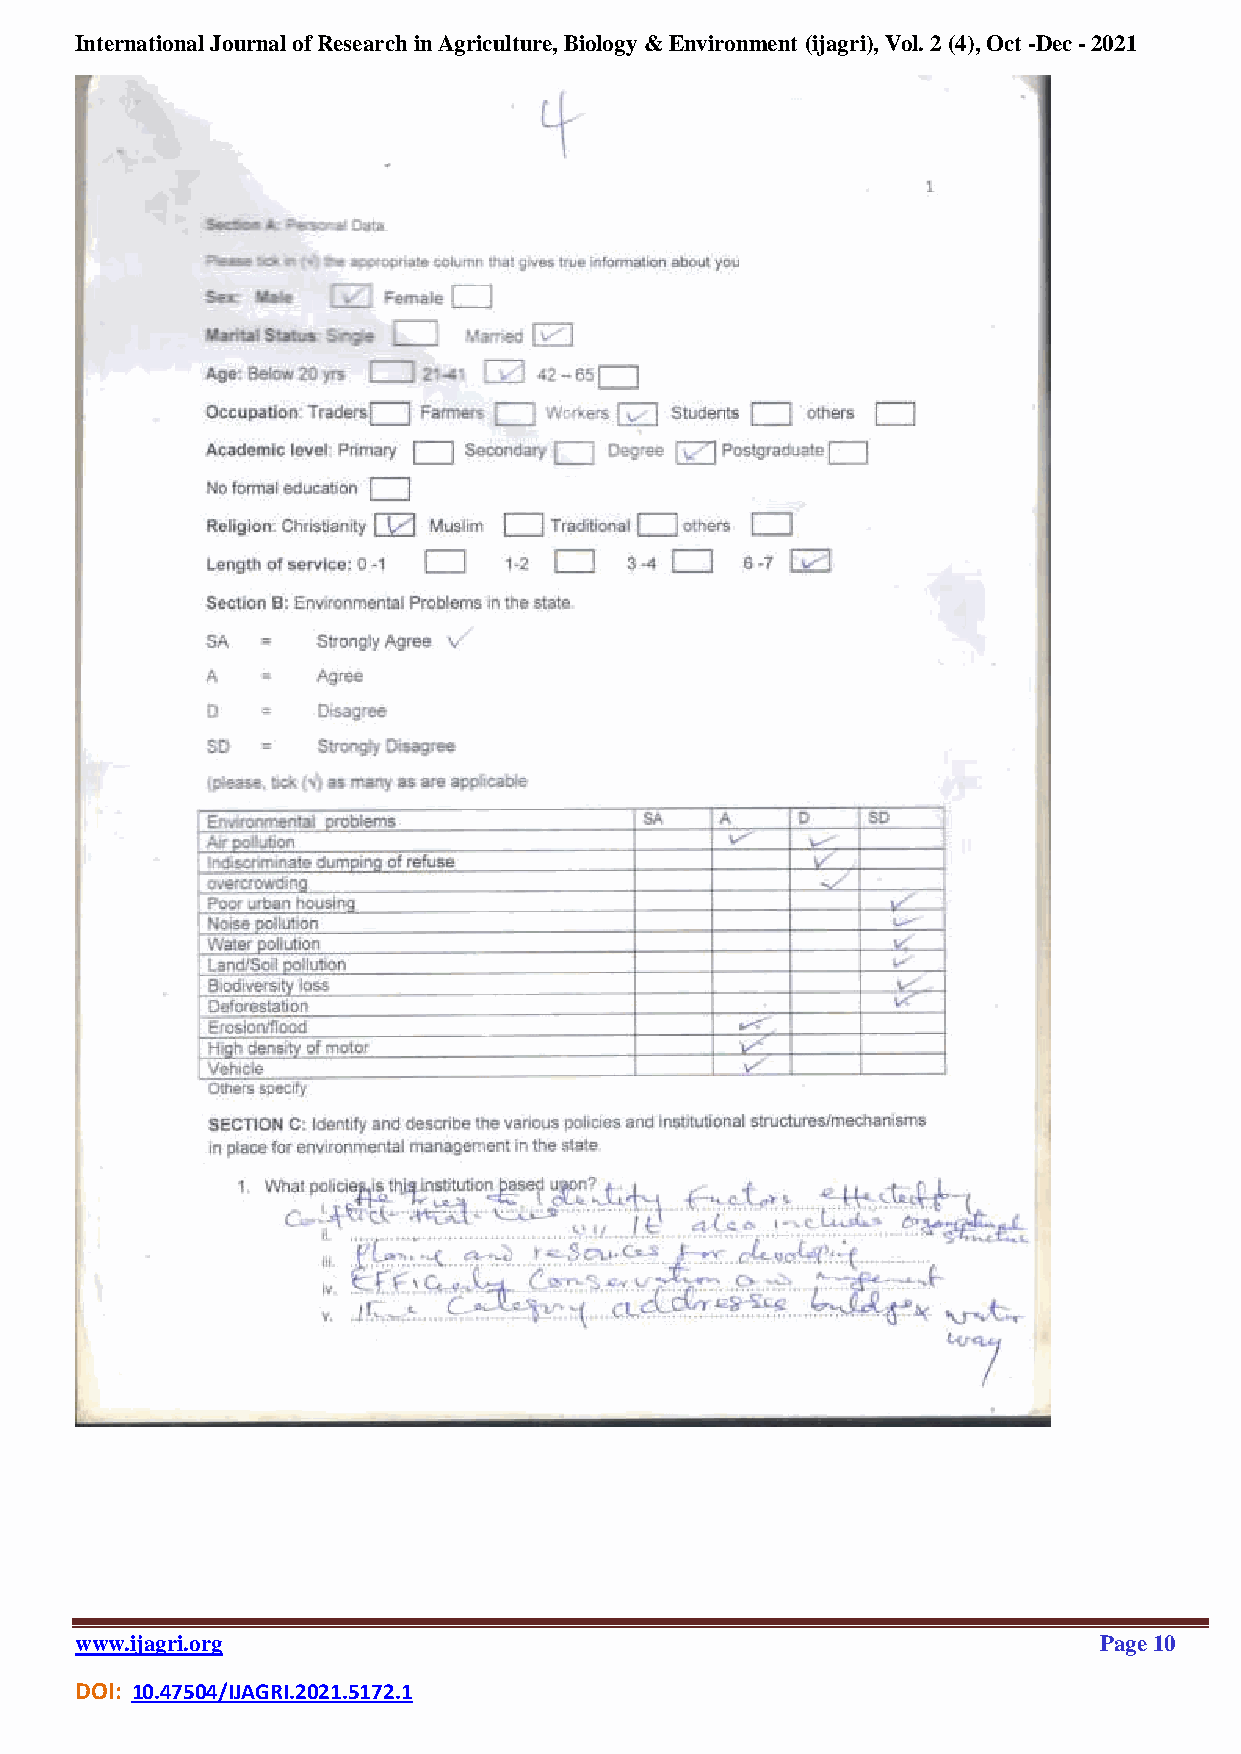
International Journal of Research in Agriculture, Biology & Environment (ijagri), Vol. 2 (4), Oct -Dec - 2021
 www.ijagri.org                                                      Page 10
 DOI: 10.47504/IJAGRI.2021.5172.1